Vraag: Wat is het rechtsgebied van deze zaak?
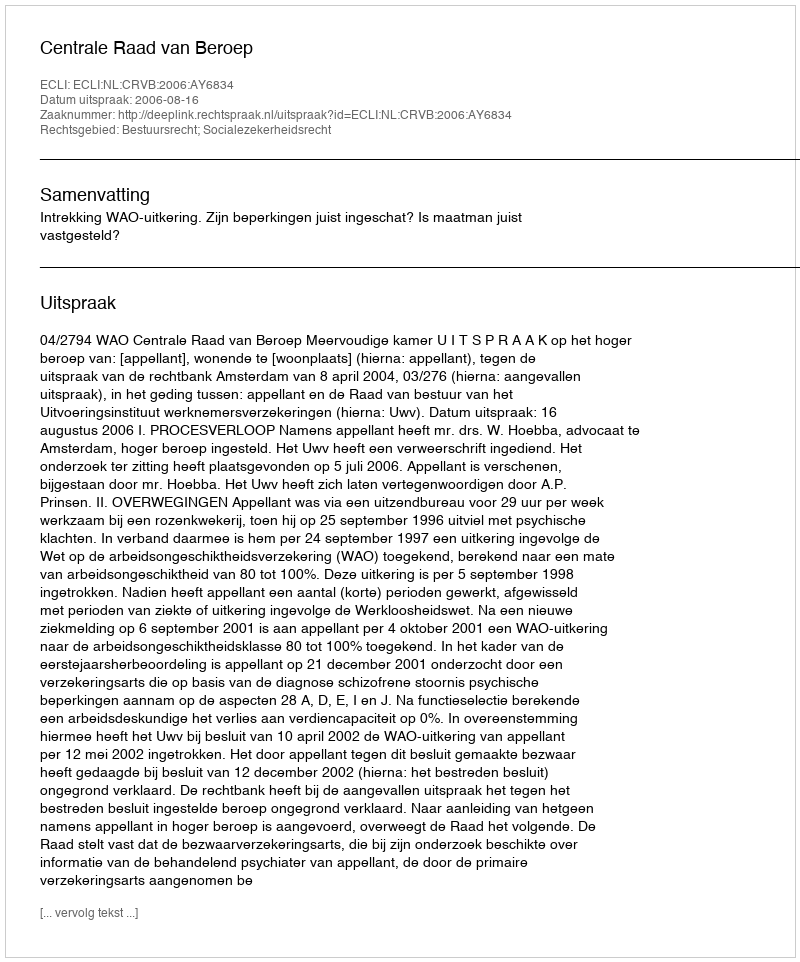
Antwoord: Bestuursrecht; Socialezekerheidsrecht